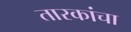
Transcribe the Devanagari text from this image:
तारकांचा